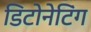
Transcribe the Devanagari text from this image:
डिटोनेटिंग